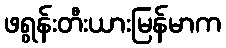
ဖရွန်းတီးယားမြန်မာက